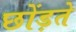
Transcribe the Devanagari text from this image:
छोंड़ते